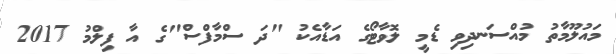
މައުލޫމާތު މުއްސަނދިވި ޑެމީ ލޮވާޓޯގެ އަޑާއެކު "ދަ ސްމާފްސް"ގެ އާ ފިލްމު 2017